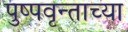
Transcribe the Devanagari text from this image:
पुष्पवृन्ताच्या